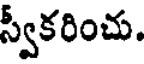
స్వీకరించు.